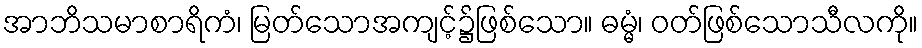
အာဘိသမာစာရိကံ၊ မြတ်သောအကျင့်၌ဖြစ်သော။ ဓမ္မံ၊ ဝတ်ဖြစ်သောသီလကို။